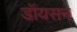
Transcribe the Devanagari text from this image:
डॉयसन